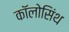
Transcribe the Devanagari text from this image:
कॉलोसिंथ